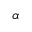
\alpha